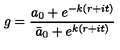
g = { \frac { a _ { 0 } + e ^ { - k ( r + i t ) } } { \bar { a } _ { 0 } + e ^ { k ( r + i t ) } } }